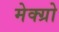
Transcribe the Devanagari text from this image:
मेक्ग्रो